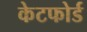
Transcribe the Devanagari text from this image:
केटफोर्ड